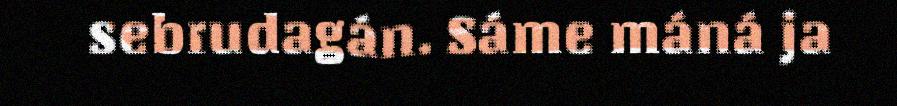
sebrudagán. Sáme máná ja